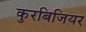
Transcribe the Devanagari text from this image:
कुरबिजियर